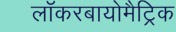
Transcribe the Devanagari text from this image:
लॉकरबायोमैट्रिक